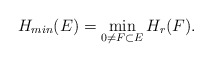
\begin{align*}H_{min}(E)=\min\limits_{0 \neq F \subset E} H_r(F).\end{align*}